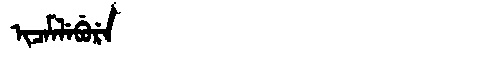
Manchu: ᡳᠴᡝᠮᠯᡝᠪᡠᡵᡝ
Romanization: ICEMLEBURE